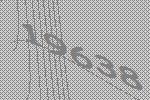
19638